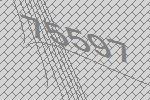
75597